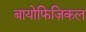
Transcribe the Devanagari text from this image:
बायोफिज़िकल